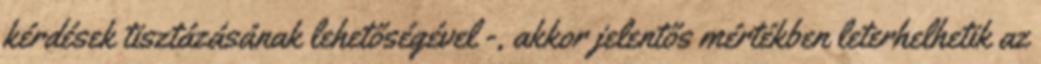
kérdések tisztázásának lehetőségével -, akkor jelentős mértékben leterhelhetik az